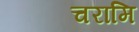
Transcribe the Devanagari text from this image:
चरामि